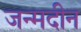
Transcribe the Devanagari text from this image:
जन्मदीन